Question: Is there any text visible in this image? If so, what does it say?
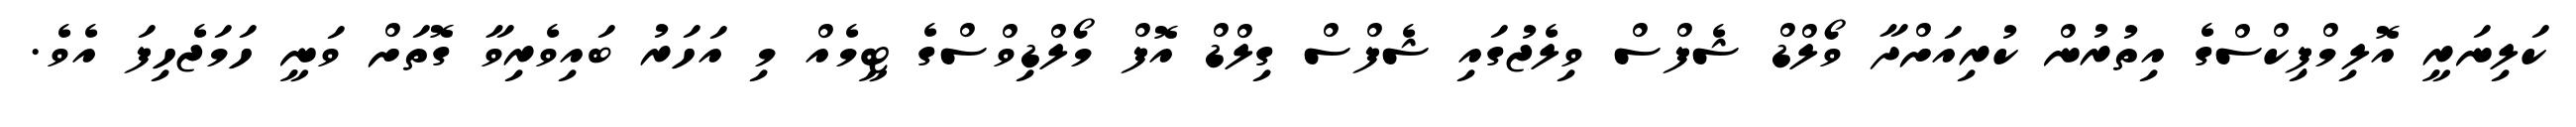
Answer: ކަލިނަރީ އޮލިމްޕިކްސްގެ އިތުރުން ކުރިއަށްދާ ވޯލްޑް ޝެފްސް ވިލެޖުގައި ޝެފްސް ގިލްޑް އޮފް މޯލްޑިވްސްގެ ޓީމެއް މި އަހަރު ބައިވެރިވާ ގޮތަށް ވަނީ ހަމަޖެހިފަ އެވެ.